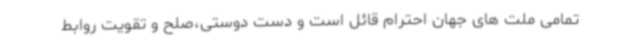
تمامی ملت های جهان احترام قائل است و دست دوستی،صلح و تقویت روابط